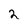
Character: 2